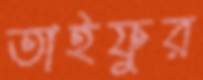
তাইফুর